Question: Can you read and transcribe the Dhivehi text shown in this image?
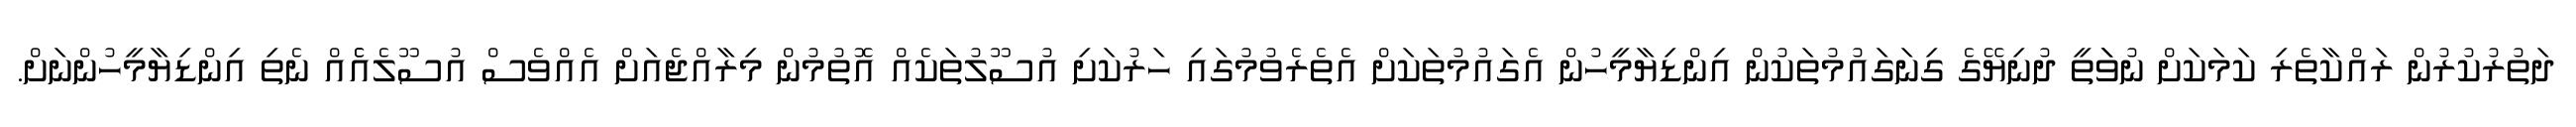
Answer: ދަތުރުކުރުން ރައްކާތެރި ކަމަކަށް ނުވަަތީ ދުނިޔޭގެ ގިނަގައުމުތަކުން އިންޑިޔާމީހުން އެގައުމުތަކަށް އެތެރެވުމުގައި ހަރުކަށި އުސޫލުތަކެއް އޮތުމުން މިރާއްޖެއަށް އެއްވެސް އުސޫލެއެެއް ނެތި އިންޑިޔާމީހުންނަށް.